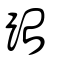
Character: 跆